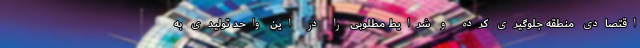
اقتصادی منطقه جلوگیری کرده و شرایط مطلوبی را در این واحد تولیدی به